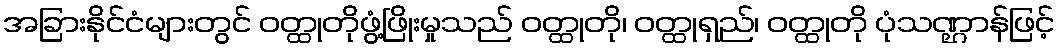
အခြားနိုင်ငံများတွင် ဝတ္ထုတိုဖွံ့ဖြိုးမှုသည် ဝတ္ထုတို၊ ဝတ္ထုရှည်၊ ဝတ္ထုတို ပုံသဏ္ဌာန်ဖြင့်